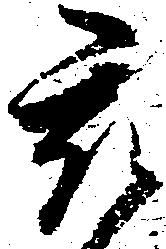
被